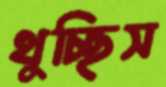
থুচ্ছিস